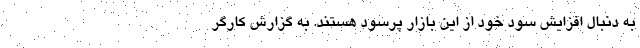
به دنبال افزایش سود خود از این بازار پرسود هستند. به گزارش کارگر